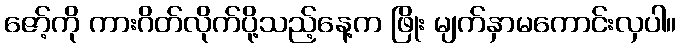
ဇော့်ကို ကားဂိတ်လိုက်ပို့သည့်နေ့က ဖြိုး မျက်နှာမကောင်းလှပါ။